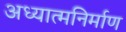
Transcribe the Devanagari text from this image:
अध्यात्मनिर्माण